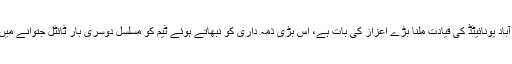
محمد سمیع نے کہا کہ اسلام آباد یونائیٹڈ کی قیادت ملنا بڑے اعزاز کی بات ہے، اس بڑی ذمہ داری کو نبھاتے ہوئے ٹیم کو مسلسل دوسری بار ٹائٹل جتوانے میں اہم کردار ادا کرنا چاہتا ہوں۔